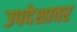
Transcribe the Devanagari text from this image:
उपदेशावर